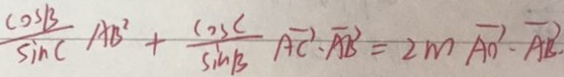
\frac { \cos B } { \sin C } A B ^ { 2 } + \frac { \cos C } { \sin B } \overrightarrow { A C } \cdot \overrightarrow { A B } = 2 m \overrightarrow { A D } \cdot \overrightarrow { A B }